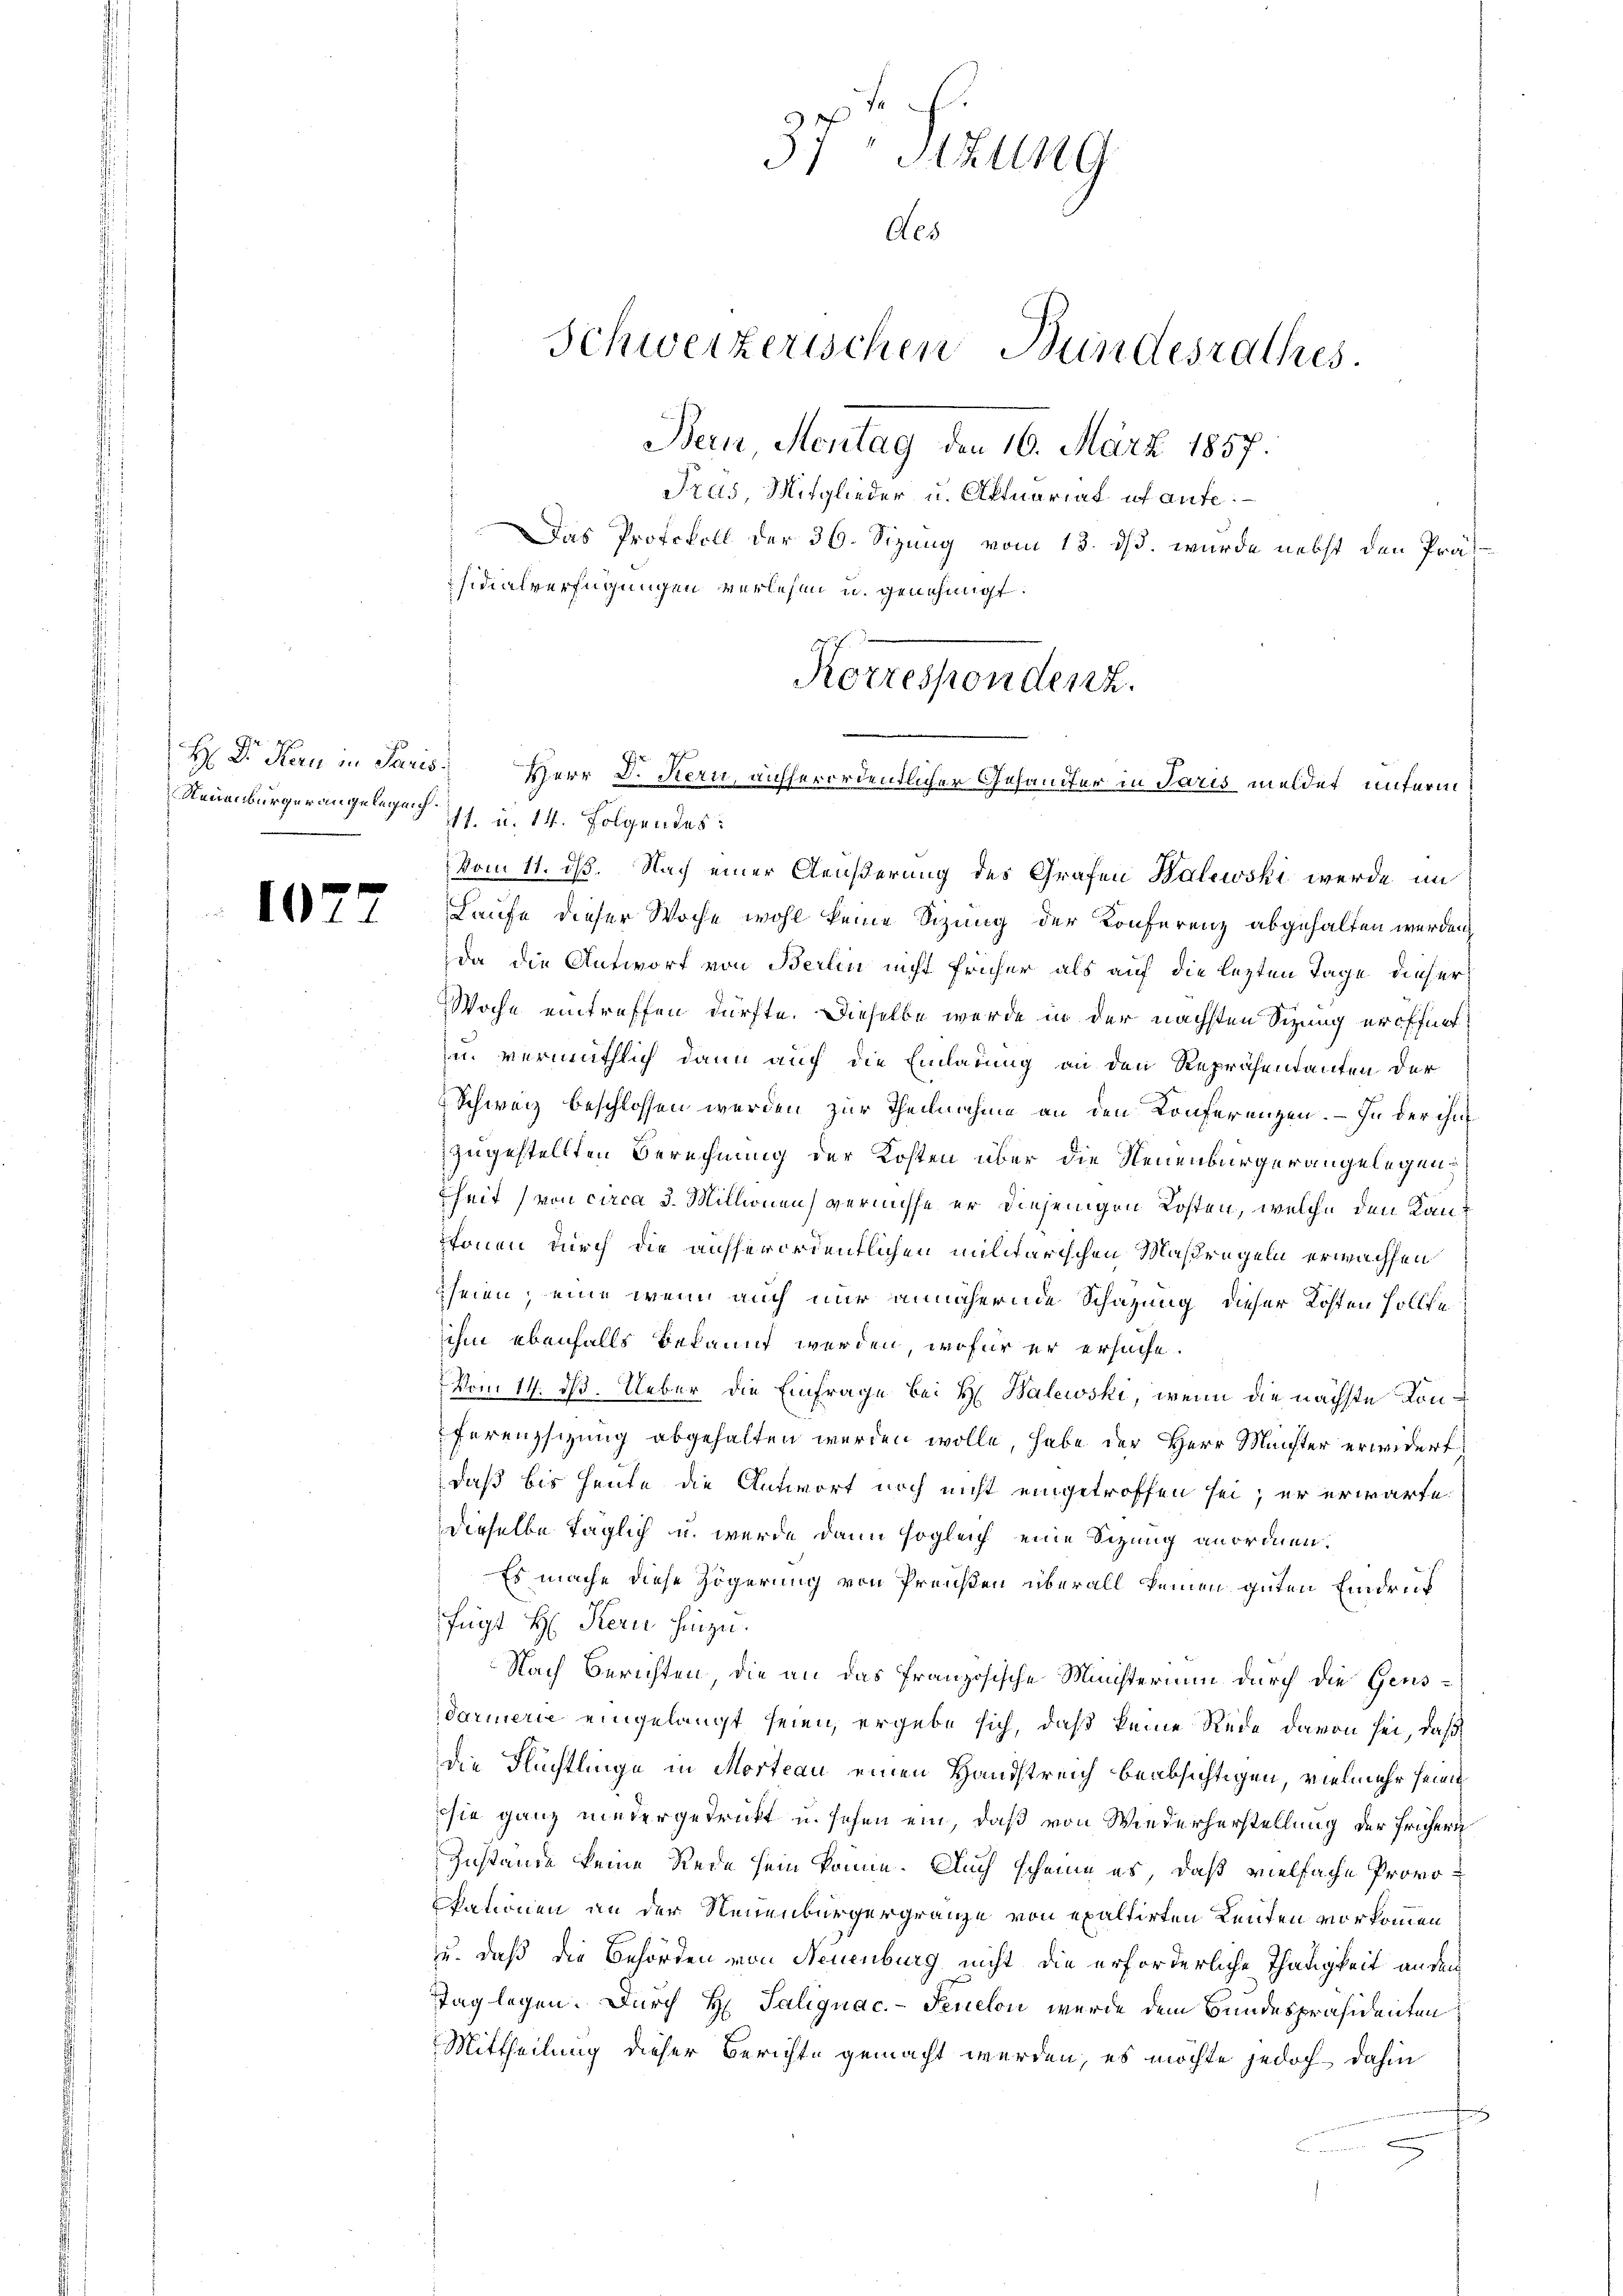
1

H: Dr. Karn in Paris

37 Stzung
Aes
Schweizerischen Bundesrathes.
Bern Montag den 16. März 1857.
Tras, Mitglieder u. Aktuariat et aufe.
Das Protokoll der 36. Sizung vom 13. ds. wurde nebst den Prässidialverfügungen verlesen u. genehmigt.

Korrespondenz.
 Herr D. Kern, aufferordentlicher Gesandter in Paris meldet unterm

Neuenburger angelege. 14. Folgendes:
Vom 11. ds. Nach einer Aeußerung des Grafen Balewski werde im
Laufe dieser Woche wohl keine Sitzung der Konferenz abgehalten werden
da die Antwort von Berlin nicht früher als auf die letzten Tage dieser
Woche eintreffen dürfte. Dieselbe werde in der nächsten Sizung eröffnet
zu vermuthlich dann auf die Einladung an den Repräsentanten der
Schweiz beschlossen werden zur Theilnahme an den Konferenzen. — In der ihm
zugestellten Berechnung der Kosten über die Neuenburgerangelegenfheit (von circa 3. Millionen) vernichte er diejenigen Kosten, welche den Kantönen durch die ausserordentlichen militärischen Maßregeln erwachsen
seien, eine wenn auch nur annähernde Schazung dieser Kosten sollte
ihm ebenfalls bekannt werden, wofür er ersuche.
Vom 14. ds. Ueber die Einfrage bei H. Balewski, wenn die nächste Kanferenzsizung abgehalten werden wolle, habe der Herr Machter erwidert
daß bis heute die Antwort noch nicht eingetroffen sei; er erwarte
dieselbe Taglich u. werde dann sogleich eine Sitzung anordnen.
Es mache diese Zögerung von Preußen überall keinen guten Eindruck
fügt H: Stern hinzu.
Nach Berichten, die an das französische Ministerium durch die Gensdarmerie eingelangt seien, ergebe sich, daß keine Rede davon sei, daß
die Flüchtlinge in Morteau einen Handstreich beabsichtigen, vielmehr seine
sie ganz niedergedrückt u. sehen ein, daß von Wiederherstellung der frühern
Zustande keine Rede sein könne. Auch scheine es, daß vielfache Provokationen an der Neuenburgergränze von exultirten Leuten vorkommen
u. daß die Behörden von Neuenburg nicht die erforderliche Thätigkeit ander
Tag legen. Durch H. Talignac.-Fenelon wurde dem Bundespräsidenten
Mittheilung dieser Berichte gemacht werden, es möchte jedoch dahin